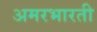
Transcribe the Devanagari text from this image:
अमरभारती